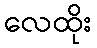
လေထိုး